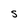
Character: S